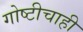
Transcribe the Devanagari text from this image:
गोष्टीचाही